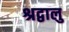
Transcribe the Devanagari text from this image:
श्रद्वालु